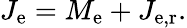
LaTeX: J_{\mathrm{e}}=M_{\mathrm{e}}+J_{\mathrm{e,r}}.